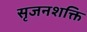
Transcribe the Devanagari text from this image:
सृजनशक्ति